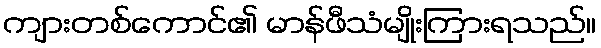
ကျားတစ်ကောင်၏ မာန်ဖီသံမျိုးကြားရသည်။